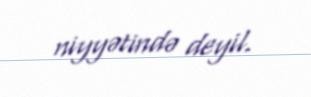
niyyətində deyil.